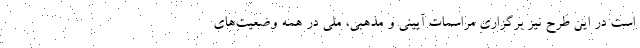
است در این طرح نیز برگزاری مراسمات آیینی و مذهبی، ملی در همه وضعیت‌های